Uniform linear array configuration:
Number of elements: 4
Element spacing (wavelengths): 0.75
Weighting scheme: binomial
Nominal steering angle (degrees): -15
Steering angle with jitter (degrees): -16.689
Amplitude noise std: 0.05
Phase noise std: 0.05

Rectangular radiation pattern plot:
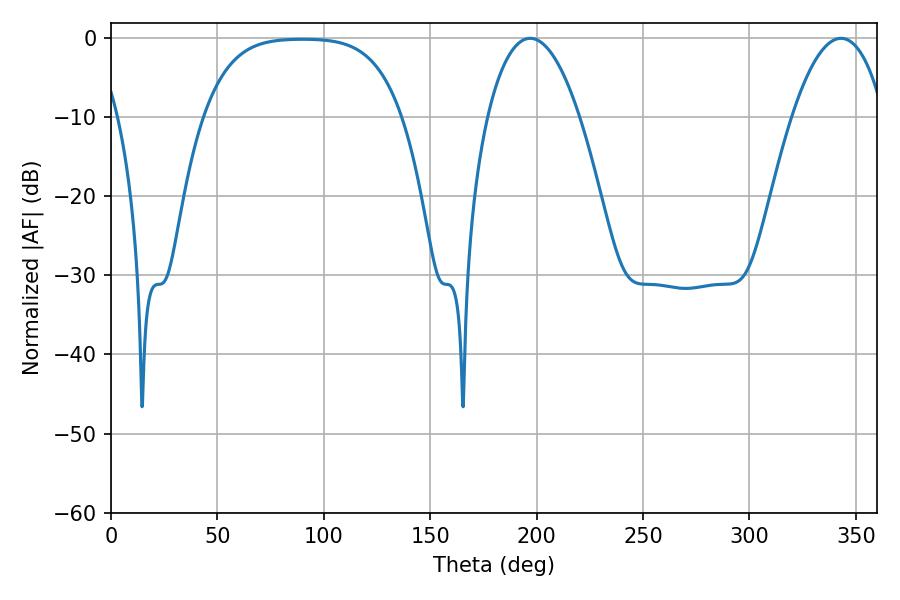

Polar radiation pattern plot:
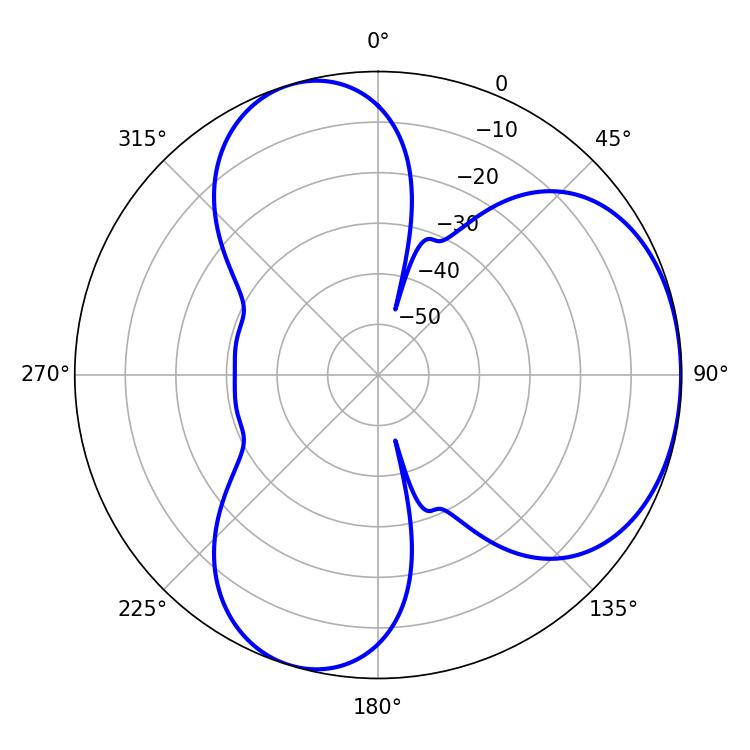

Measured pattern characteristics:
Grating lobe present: TRUE
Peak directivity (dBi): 4.198
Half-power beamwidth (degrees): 24.12
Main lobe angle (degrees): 196.92